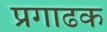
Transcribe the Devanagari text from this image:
प्रगाढक